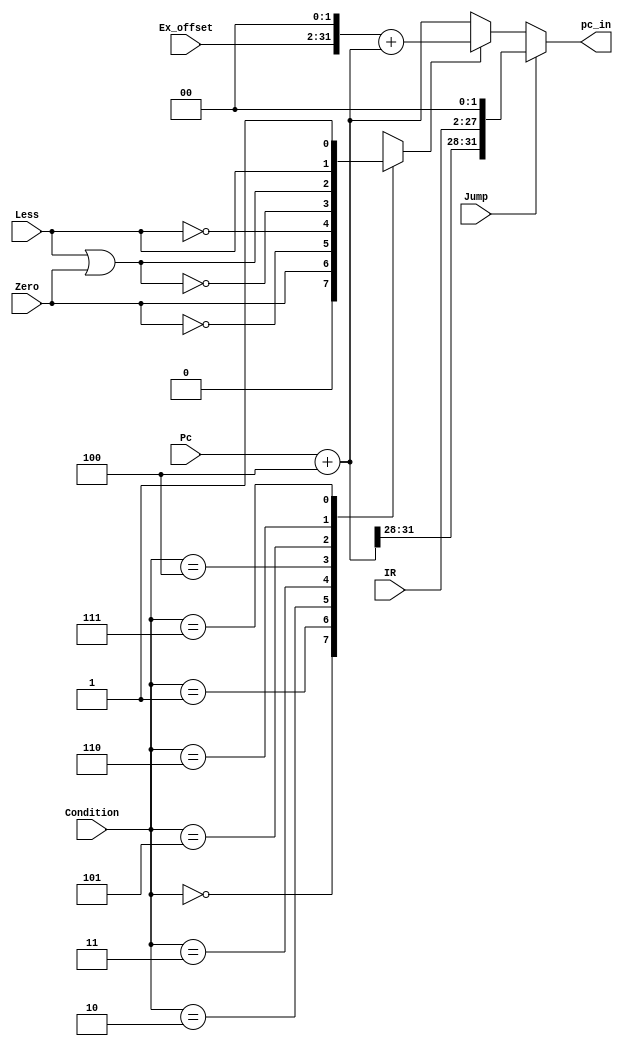
module jump_module(Less,Zero,Condition,Pc,IR, Jump,Ex_offset,pc_in);

input  Less    ,Zero;
input [2:0]    Condition;
input [31:0]   Pc;
input [25:0]   IR;
input          Jump;
input [29:0]   Ex_offset;

output [31:0]  pc_in;

reg [31:0] add_result_1,add_result_2;
reg control_flag [7:0];  


wire [31:0] final_mux_0,final_mux_1;

wire final_mux_7_1;

always@(*)begin 
control_flag[0]=0;
control_flag[7]=1;
add_result_1 = Pc+3'b100;
add_result_2 = {Ex_offset[29:0],{2{1'b0}}}+add_result_1;
control_flag[6]=Less;
control_flag[5]=Less|Zero;
control_flag[4]=~(Less|Zero);
control_flag[3]=~Less;
control_flag[2]=~Zero;
control_flag[1]=Zero;
end 

assign final_mux_1={add_result_1[31:28],IR[25:0],{2{1'b0}}};

assign final_mux_7_1=control_flag[Condition[2:0]];

assign final_mux_0=final_mux_7_1==0?add_result_1:add_result_2;

assign pc_in=Jump==0?final_mux_0:final_mux_1;

endmodule